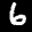
Digit: 6